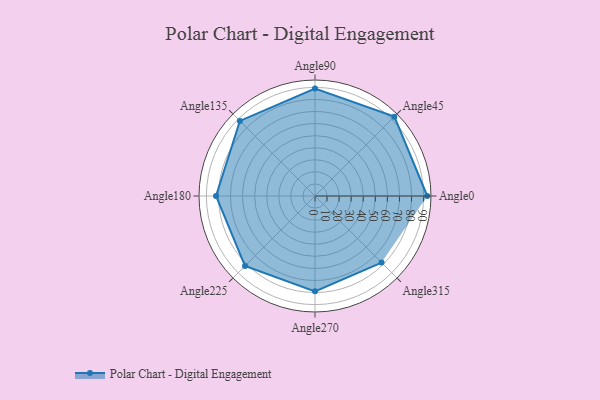
{"axis": {"x": "Angle", "y": "Radius"}, "legend": [""], "data": [{"x": "Angle0", "y": 93.0, "type": ""}, {"x": "Angle45", "y": 93.0, "type": ""}, {"x": "Angle90", "y": 89.0, "type": ""}, {"x": "Angle135", "y": 88.0, "type": ""}, {"x": "Angle180", "y": 82.0, "type": ""}, {"x": "Angle225", "y": 82.0, "type": ""}, {"x": "Angle270", "y": 79.0, "type": ""}, {"x": "Angle315", "y": 78.0, "type": ""}]}